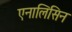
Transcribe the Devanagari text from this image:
एनालिसिन